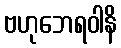
ဗဟုဘေရဝါနိ